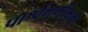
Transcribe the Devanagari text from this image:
पार्श्वभुमीमुळे